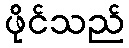
ဖိုင်သည်